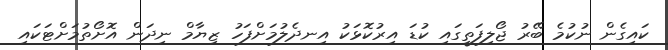
ކައިގެން ނުކުމެ ބޭރު ޖޯލިފަތީގައި ކުޑަ އިރުކޮޅަކު އިނދެލުމަށްފަހު ޒިޔާމް ނިދަން އޮށޯތުމަށްޓަކައި